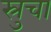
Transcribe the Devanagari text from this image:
स्रुचा